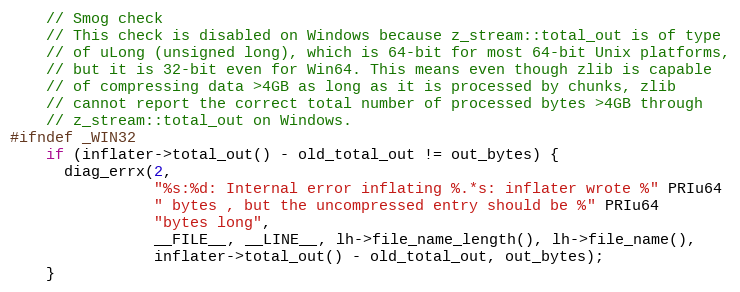
Language: C
    // Smog check
    // This check is disabled on Windows because z_stream::total_out is of type
    // of uLong (unsigned long), which is 64-bit for most 64-bit Unix platforms,
    // but it is 32-bit even for Win64. This means even though zlib is capable
    // of compressing data >4GB as long as it is processed by chunks, zlib
    // cannot report the correct total number of processed bytes >4GB through
    // z_stream::total_out on Windows.
#ifndef _WIN32
    if (inflater->total_out() - old_total_out != out_bytes) {
      diag_errx(2,
                "%s:%d: Internal error inflating %.*s: inflater wrote %" PRIu64
                " bytes , but the uncompressed entry should be %" PRIu64
                "bytes long",
                __FILE__, __LINE__, lh->file_name_length(), lh->file_name(),
                inflater->total_out() - old_total_out, out_bytes);
    }